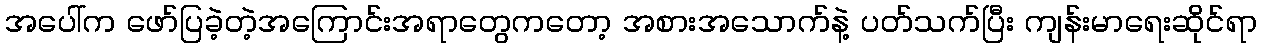
အပေါ်က ဖော်ပြခဲ့တဲ့အကြောင်းအရာတွေကတော့ အစားအသောက်နဲ့ ပတ်သက်ပြီး ကျန်းမာရေးဆိုင်ရာ